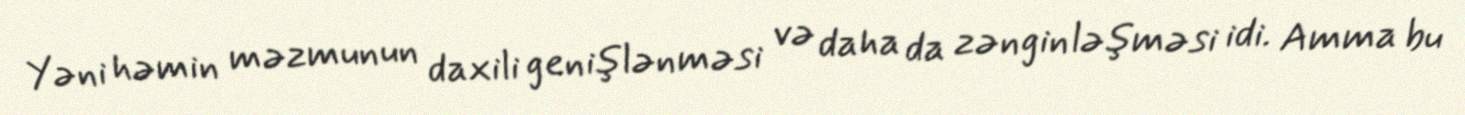
Yəni həmin məzmunun daxili genişlənməsi və daha da zənginləşməsi idi. Amma bu